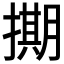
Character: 𭢘